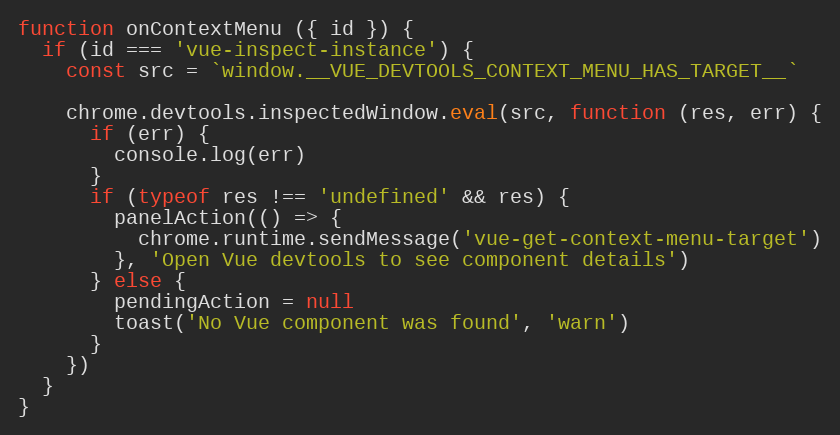
Language: JavaScript
function onContextMenu ({ id }) {
  if (id === 'vue-inspect-instance') {
    const src = `window.__VUE_DEVTOOLS_CONTEXT_MENU_HAS_TARGET__`

    chrome.devtools.inspectedWindow.eval(src, function (res, err) {
      if (err) {
        console.log(err)
      }
      if (typeof res !== 'undefined' && res) {
        panelAction(() => {
          chrome.runtime.sendMessage('vue-get-context-menu-target')
        }, 'Open Vue devtools to see component details')
      } else {
        pendingAction = null
        toast('No Vue component was found', 'warn')
      }
    })
  }
}